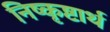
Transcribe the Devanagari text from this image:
निष्कृष्टार्थ